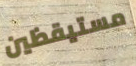
مستيقظين